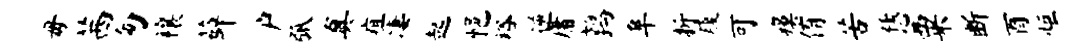
毋茜匆禳薛户弧真疽凄起悒裕逆庸鹑阜折履可瘼侑苦恁粟断酉炬